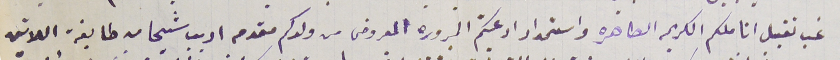
غب تقبل اناملكم الكريم الطاهره واستمداد ادعيتكم المبروره المعروض من ولدكم مقدم اديب شيحا من طايفة اللاتين